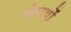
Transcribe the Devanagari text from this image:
ओरावों